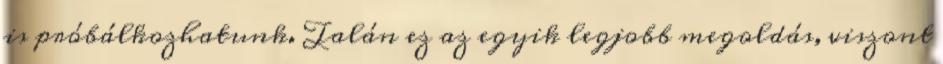
is próbálkozhatunk. Talán ez az egyik legjobb megoldás, viszont